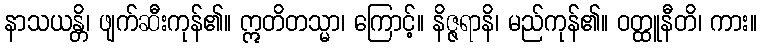
နာသယန္တိ၊ ဖျက်ဆီးကုန်၏။ ဣတိတသ္မာ၊ ကြောင့်။ နိဇ္ဇရာနိ၊ မည်ကုန်၏။ ဝတ္ထူနီတိ၊ ကား။